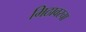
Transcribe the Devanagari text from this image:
मिठावरचा